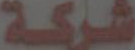
شركة